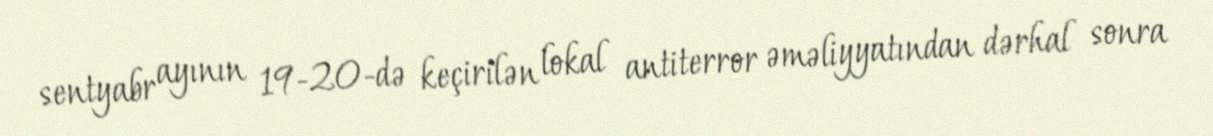
sentyabr ayının 19-20-də keçirilən lokal antiterror əməliyyatından dərhal sonra